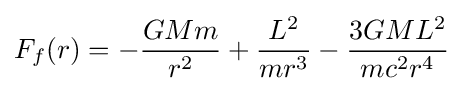
F_{f}(r)=-{\frac {GMm}{r^{2}}}+{\frac {L^{2}}{mr^{3}}}-{\frac {3GML^{2}}{mc^{2}r^{4}}}